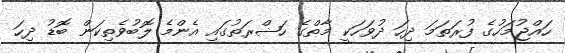
ހައްޖުމަހުގެ ފުރަތަމަ ދިހަ ދުވަހަކީ މާތްގެ ހަޟްރަތުގައި އެންމެ ލޮބުވެތިކަން ބޮޑު ދިހަ